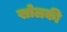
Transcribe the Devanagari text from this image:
खोलकी